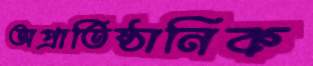
অপ্রাতিষ্ঠানিক